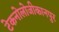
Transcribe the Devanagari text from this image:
टेकनोलोजीकानपुर